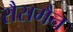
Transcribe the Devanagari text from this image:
रौसमैन